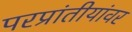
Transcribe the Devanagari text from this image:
परप्रांतीयांवर